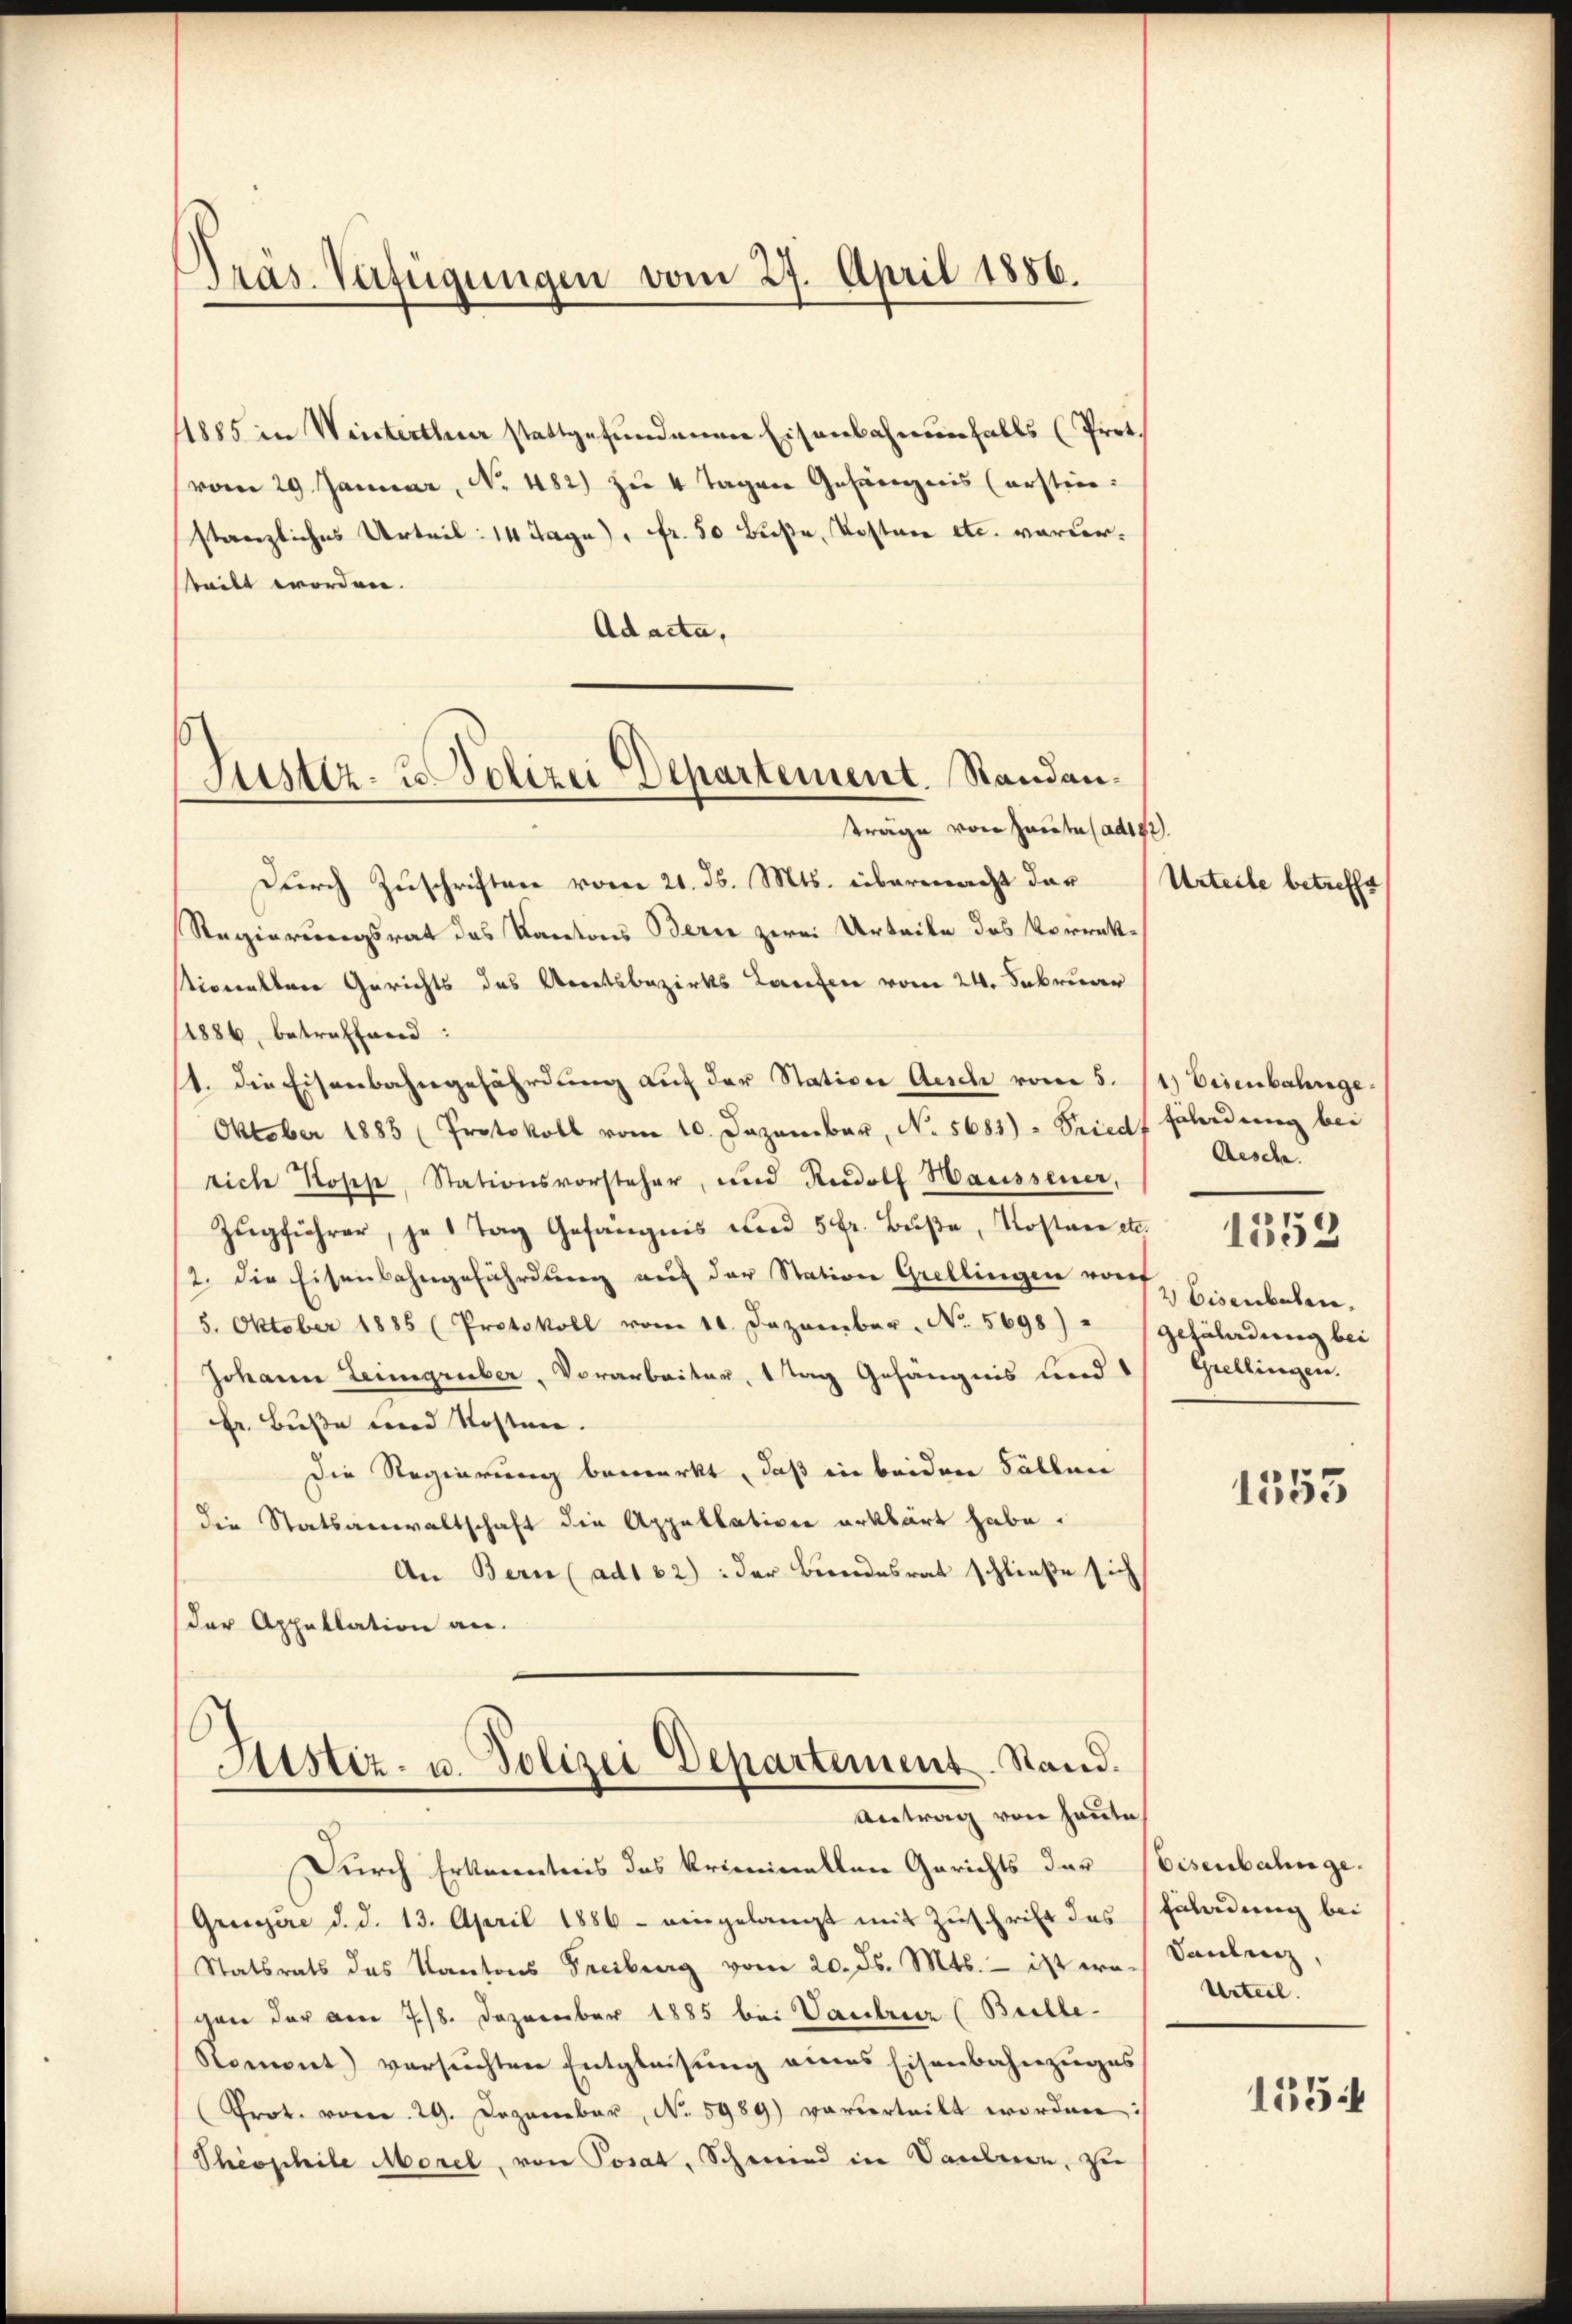
Präs. Verfügungen vom 27. April 1886.

11885 in Winterthur stattgefundenen Eisenbahnenfalls (Prot.
(vom 29 Januar, No. 482) zu 4 Tagen Gefängnis (erstimstanzliches Urteil: 14 Tage), Fr. 50 Buße Kosten etc. vorderteilt worden.
Ad acta,
trage von Heute (adig
Durch Zuschriften vom 21. ds. Mts. übermacht dar¬
Regierungsrat das Kantons Berne zwei Urteile des Vorrektioernklare Gerichts das Arretsbezirks Laufen vom 24. Februar
/1886 betreffend:
1. die Eisenbahngefährdung auf der Station Aesch vom 5.
Oktober 1883 (Protokoll vom 10. Dezember, N. 5681) - Friedf Fladung bei
riche Koses, Stationsvorsteher, und Rudolf Haussener,
Zŭgführer, je 1 Tag Gefängnis und 5 fr. Bŭβe, Kosten etc.
12. die Eisenbahngefährdung auf der Station Grellingen vorf
5. Oktober 1885 (Protokoll vom 10. Dezember, No. 5698)
Johann Leingruber, Vorarbeiter, 1 Tag Gefängnis und 1 Grellingen.
Br. Buße und Kosten.
Die Regierung bemerkt, daß eine beiden Fällen
die Statsanwaltschaft die Appellativen erklärt habe.
An Bern (ad162): Der Beendesrat schließe sich
der Appellation an.

1
Justiz- & Polizei Departement. Standan¬

Astiz- u. Polizei Departement. Stand.
Antrag von heute

Durch Erkenntnis das kriminellen Gerichts der
Gruyère d. d. 13. April 1886 eingelangt mit Zŭschrift des
Statsrats des Kantons Freiburg vom 20. ds. Mts. - ist er Saulenz,
cen der am 7./8. Dezember 1885 bei Vaubrier (Brille¬
Romont) versuchten Entgleisung eines Eisenbahnzuges
Prot. vom 29. Dezember, N. 5989) vorverteilt worden
Theophile Morel, von Posa, Schmied in Tanteien, zu

2.
Urteile betreffe

1.) Eisenbahnge
Aesche
2 Eisenbaden.
gefährdung bei

1352

1553

Eisenbahnge.
Enladung bei
Urteil.

1554